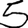
Digit: 5